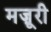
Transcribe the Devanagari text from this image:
मज़ूरी